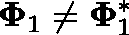
\mathbf { \Phi } _ { 1 } \neq \mathbf { \Phi } _ { 1 } ^ { * }